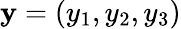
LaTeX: {\mathbf y}=(y_{1},y_{2},y_{3})